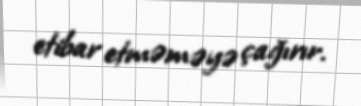
etibar etməməyə çağırır.